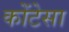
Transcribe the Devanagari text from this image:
कोंटेसा